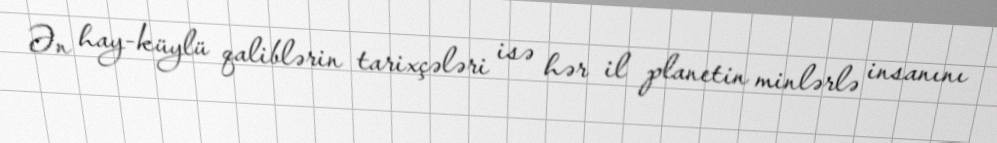
Ən hay-küylü qaliblərin tarixçələri isə hər il planetin minlərlə insanını